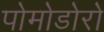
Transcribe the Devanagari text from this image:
पोमोडोरो